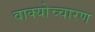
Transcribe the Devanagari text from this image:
वाक्योच्चारण